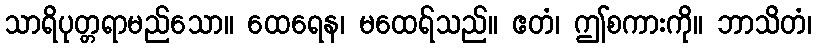
သာရိပုတ္တရာမည်သော။ ထေရေန၊ မထေရ်သည်။ ဧတံ၊ ဤစကားကို။ ဘာသိတံ၊